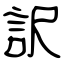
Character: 訳